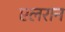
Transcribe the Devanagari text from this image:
एलरान